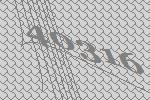
40316